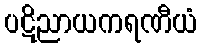
ပဋိညာယကရဏီယံ